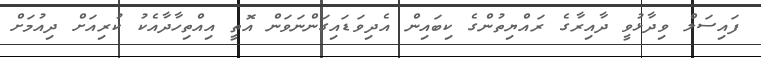
ފައިސަލް ވިދާޅުވީ ދާއިރާގެ ރައްޔިތުންގެ ކިބައިން އެދިވަޑައިގަންނަވަން އޮތީ އިއްތިހާދާއެކު ކުރިއަށް ދިއުމަށް